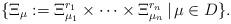
LaTeX: \begin{align*}\{\Xi_{\mu}:=\Xi^{r_1}_{\mu_1}\times\cdots\times\Xi^{r_n}_{\mu_n}\,|\, \mu\in D\}.\end{align*}